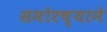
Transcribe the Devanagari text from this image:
समोरच्याने